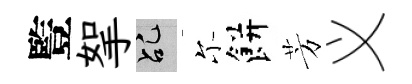
䜿挐乩尓餅芳义